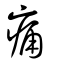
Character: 痛